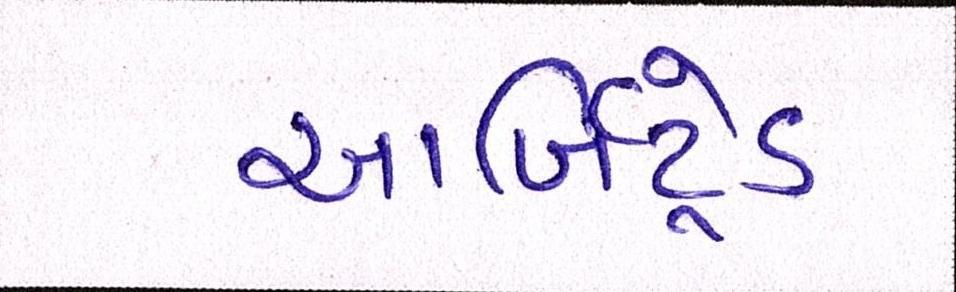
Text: આર્બિટ્રેડ